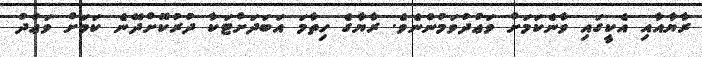
ރާޔާއާއި އެކީގައި ވާނެކަމަށް ވަޢުދުވަމުންނެވެ. ރާޔާގެ ހިތާމަ އަބަދަށްޓަކާ ދުރުކޮށްދޭނެ ކަމަށް ވަޢުދު